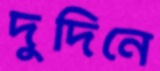
দুদিনে